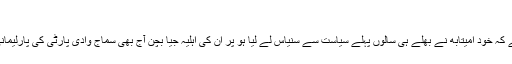
‘
واضح رہے کہ خود امیتابھ نے بھلے ہی سالوں پہلے سیاست سے سنیاس لے لیا ہو پر اُن کی اہلیہ جیا بچن آج بھی سماج وادی پارٹی کی پارلیمانی رکن ہیں۔